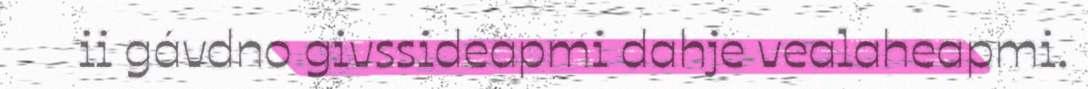
ii gávdno givssideapmi dahje vealaheapmi.